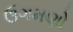
ઉગમણો